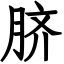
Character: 脐